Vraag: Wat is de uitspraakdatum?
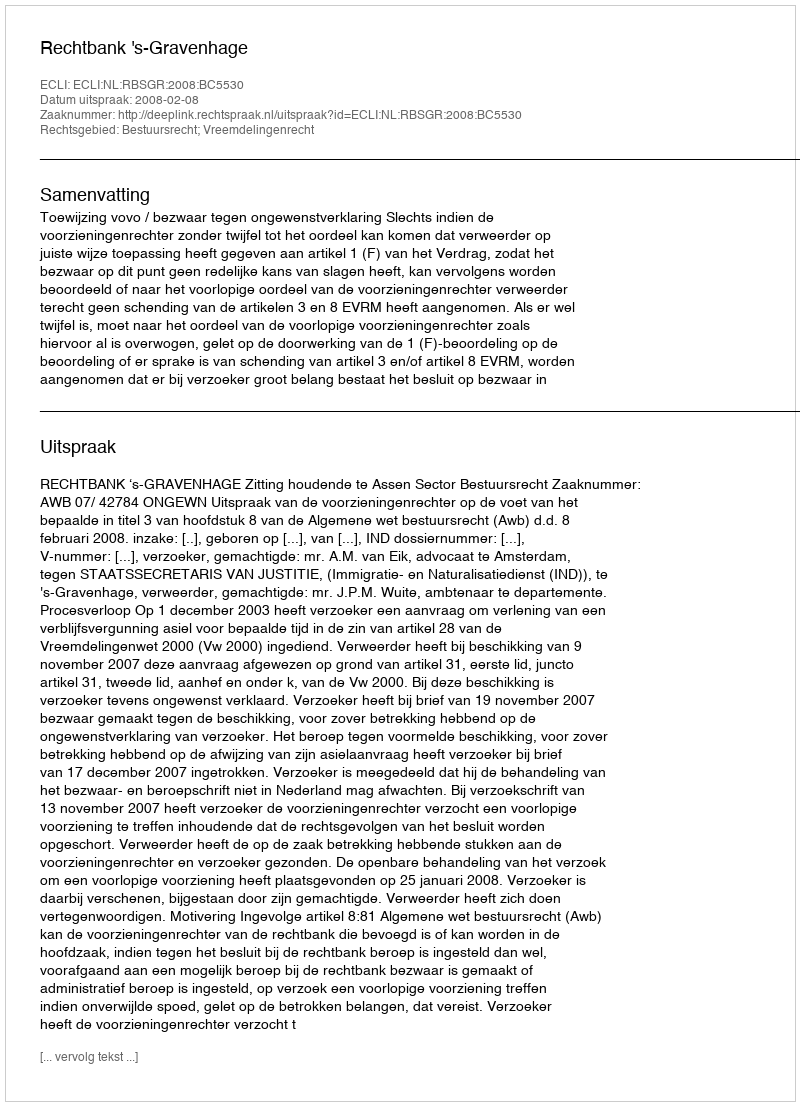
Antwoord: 2008-02-08